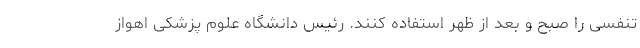
تنفسی را صبح و بعد از ظهر استفاده کنند. رئیس دانشگاه علوم پزشکی اهواز